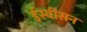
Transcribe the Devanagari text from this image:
ईस्वीसन